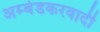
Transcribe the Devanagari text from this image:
अम्‍बेडकरवादी